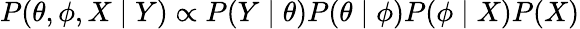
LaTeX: P(\theta,\phi,X\mid Y)\propto P(Y\mid\theta)P(\theta\mid\phi)P(\phi\mid X)P(X)